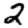
Digit: 2